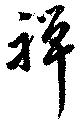
禅